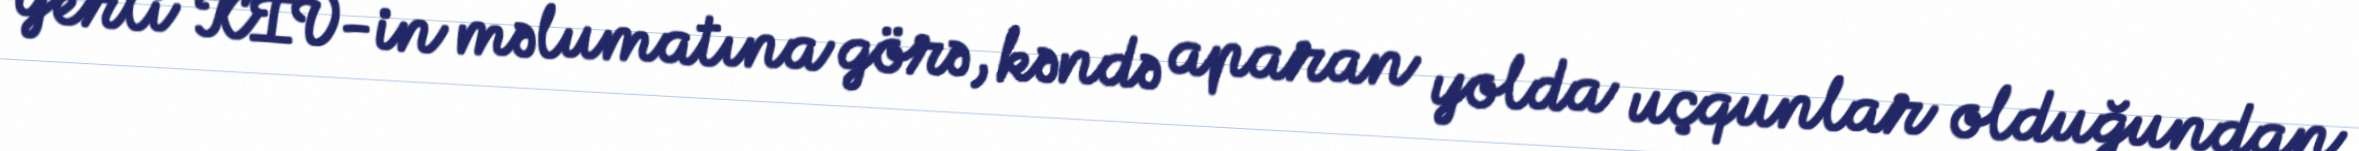
Yerli KİV-in məlumatına görə, kəndə aparan yolda uçqunlar olduğundan